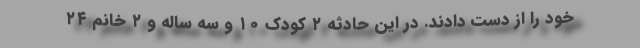
خود را از دست دادند. در این حادثه ۲ کودک ۱۰ و سه ساله و ۲ خانم ۲۴